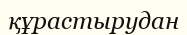
құрастырудан